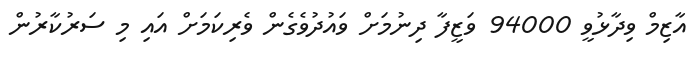
އާޒިމް ވިދާޅުވީ 94000 ވަޒީފާ ދިނުމަށް ވައުދުވެގެން ވެރިކަމަށް އައި މި ސަރުކާރުން